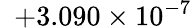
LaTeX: \phantom{0}{+3.090}\times 10^{-7}